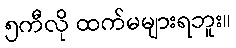
၅ကီလို ထက်မများရဘူး။